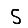
Digit: 5